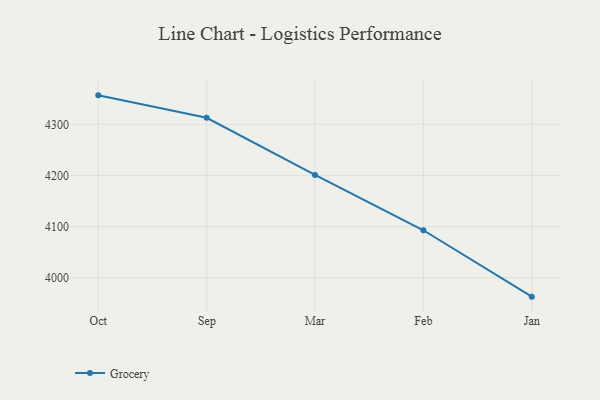
{"axis": {"x": "Month", "y": "Backlog"}, "legend": ["Grocery"], "data": [{"x": "Oct", "y": 4356.6, "type": "Grocery"}, {"x": "Sep", "y": 4312.8, "type": "Grocery"}, {"x": "Mar", "y": 4201.1, "type": "Grocery"}, {"x": "Feb", "y": 4092.8, "type": "Grocery"}, {"x": "Jan", "y": 3963.0, "type": "Grocery"}]}